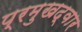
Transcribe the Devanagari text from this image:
प्रमुखद्वार